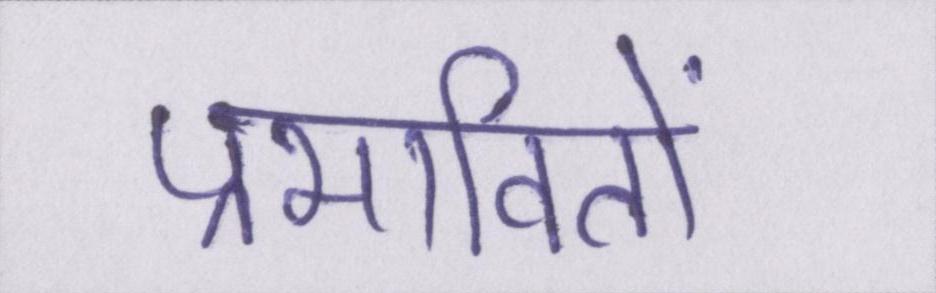
प्रभावितों